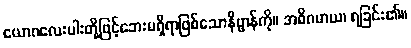
ယောဂလေးပါးတို့ဖြင့်ဘေးမရှိရာဖြစ်သောနိဗ္ဗာန်ကို။ အဓိဂမာယ၊ ရခြင်း၏။